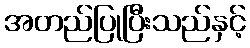
အတည်ပြုပြီးသည်နှင့်